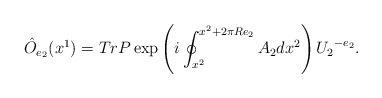
\begin{align*}\hat O_{e_2}(x^1) = Tr P \exp\left(i\oint_{x^2}^{x^2+ 2 \pi R e_2} A_2 dx^2\right) {U_2}^{-e_2}.\end{align*}